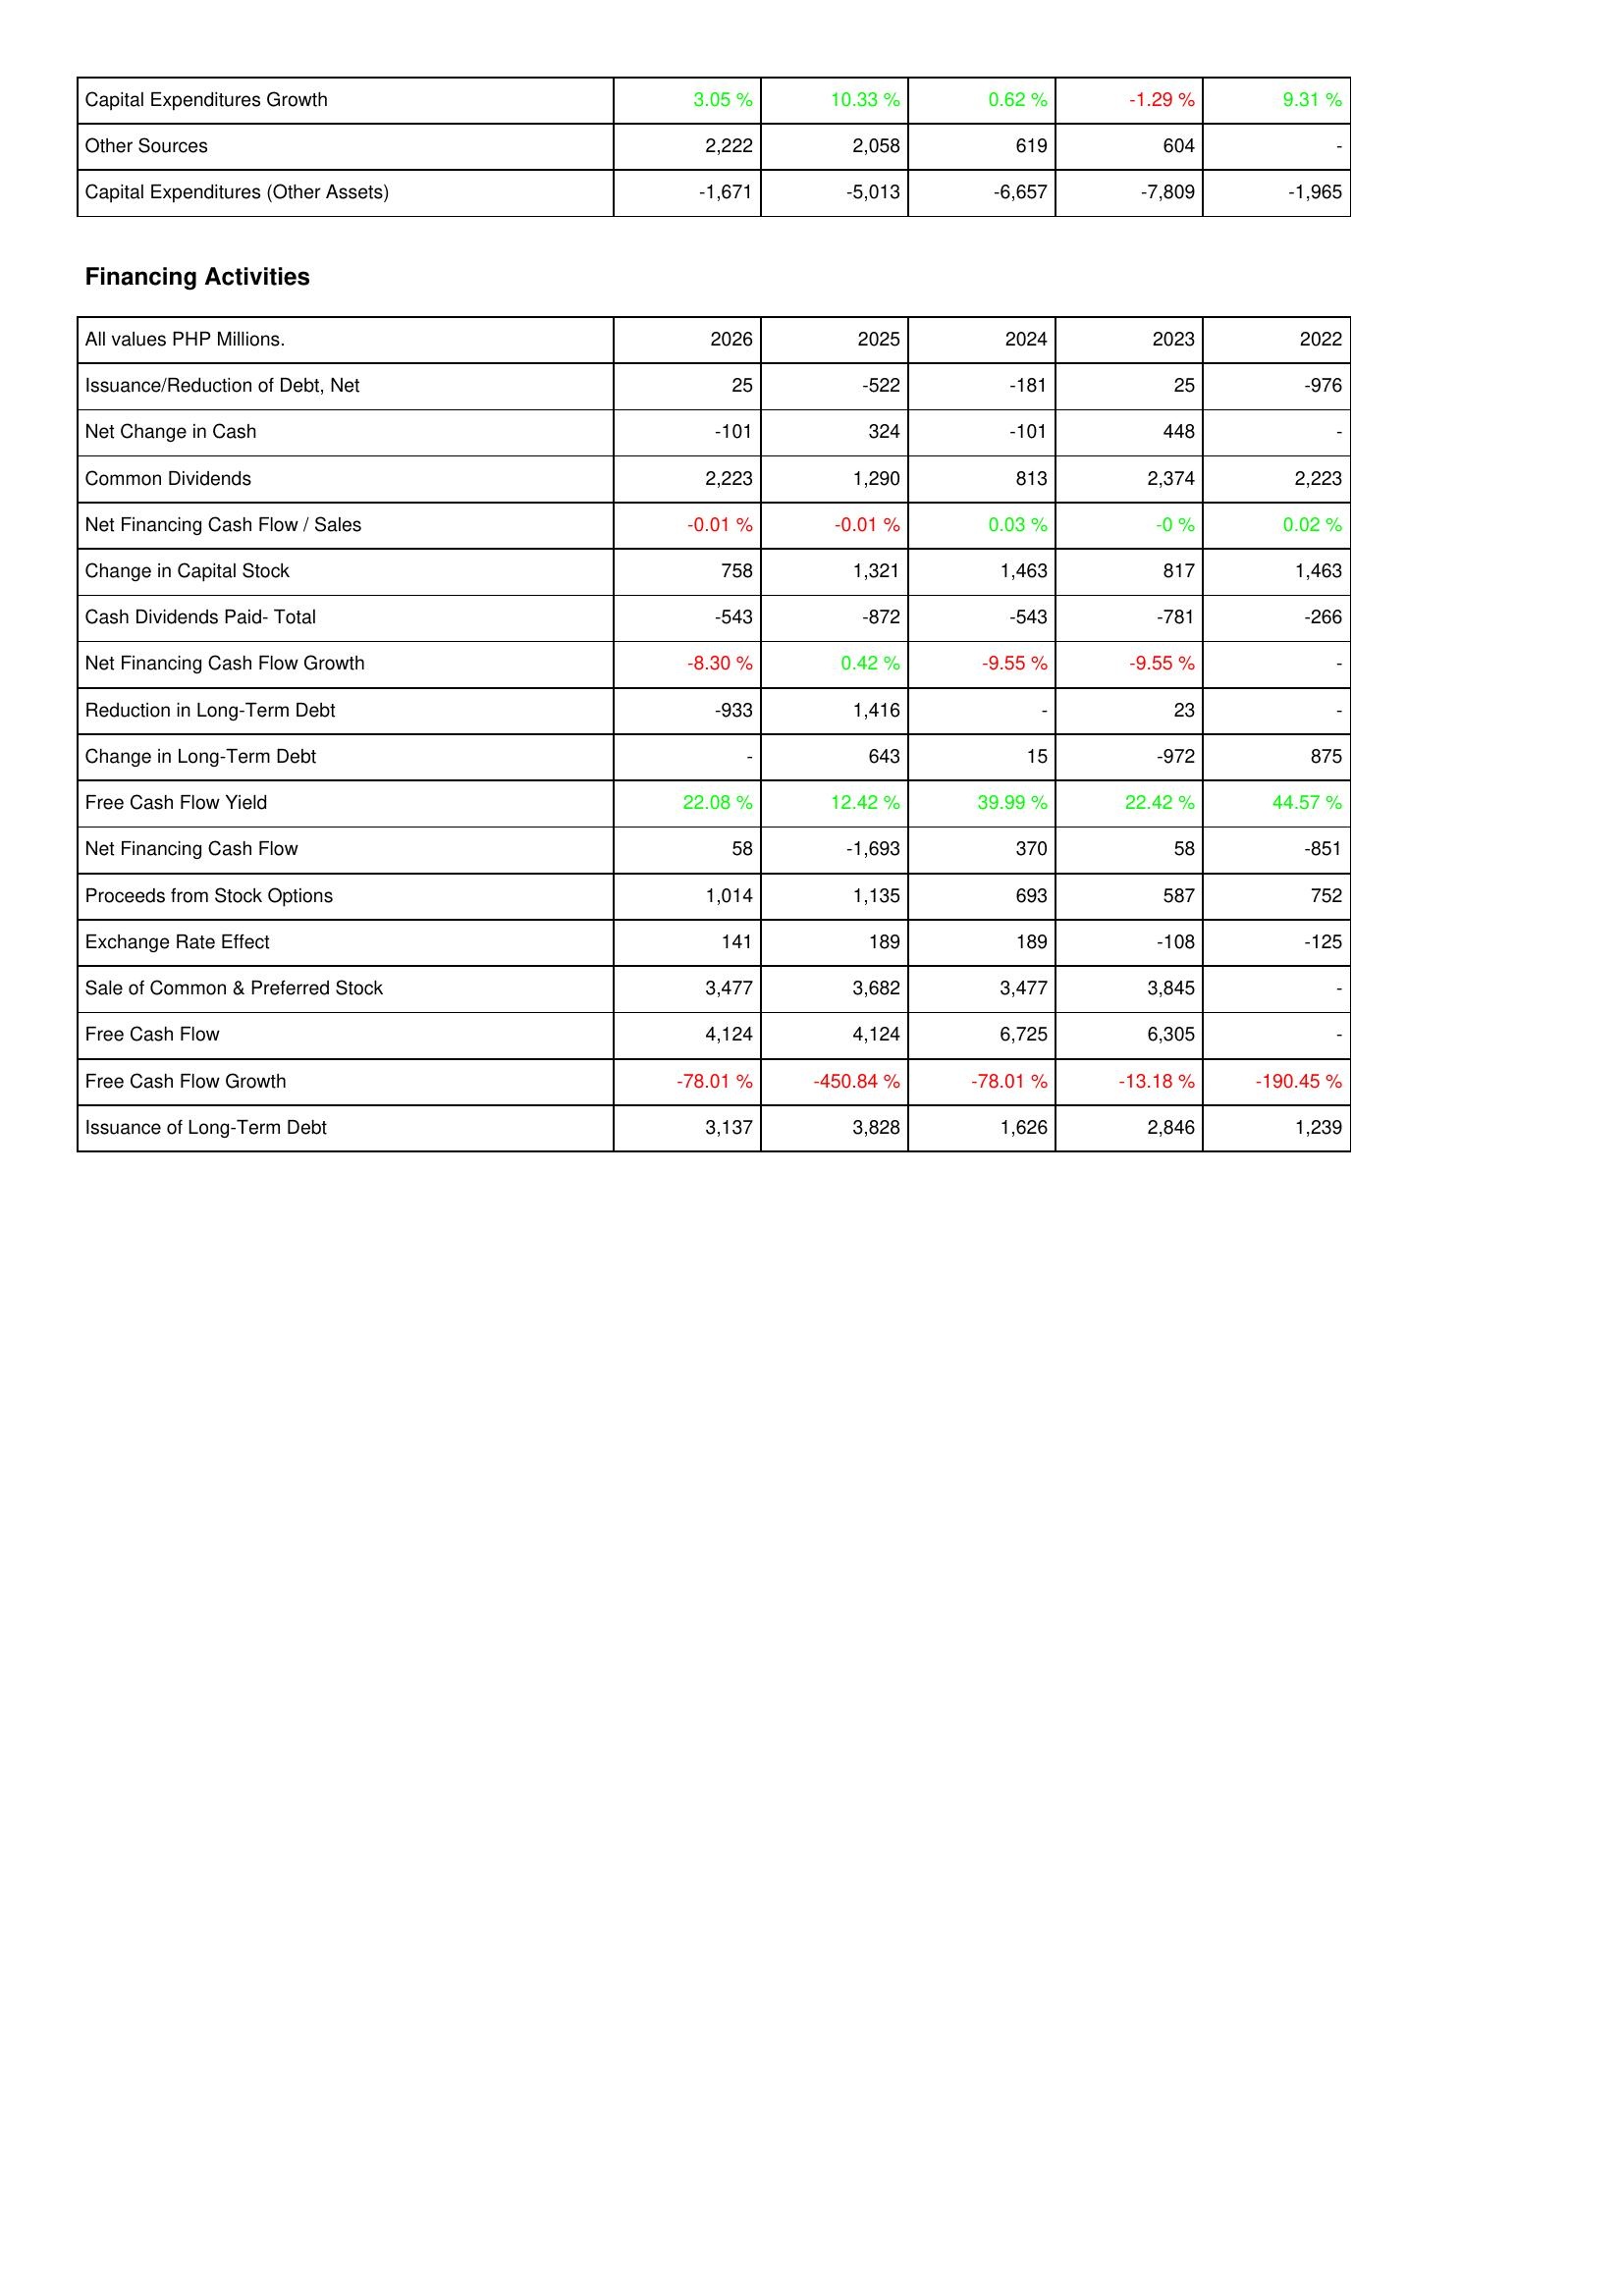
2026: Investing Activities: Capital Expenditures Growth: 3.05 %
Other Sources: 2,222
Capital Expenditures (Other Assets): -1,671
Financing Activities: Issuance/Reduction of Debt, Net: 25
Net Change in Cash: -101
Common Dividends: 2,223
Net Financing Cash Flow / Sales: -0.01 %
Change in Capital Stock: 758
Cash Dividends Paid- Total: -543
Net Financing Cash Flow Growth: -8.30 %
Reduction in Long-Term Debt: -933
Change in Long-Term Debt: -
Free Cash Flow Yield: 22.08 %
Net Financing Cash Flow: 58
Proceeds from Stock Options: 1,014
Exchange Rate Effect: 141
Sale of Common & Preferred Stock: 3,477
Free Cash Flow: 4,124
Free Cash Flow Growth: -78.01 %
Issuance of Long-Term Debt: 3,137
2025: Investing Activities: Capital Expenditures Growth: 10.33 %
Other Sources: 2,058
Capital Expenditures (Other Assets): -5,013
Financing Activities: Issuance/Reduction of Debt, Net: -522
Net Change in Cash: 324
Common Dividends: 1,290
Net Financing Cash Flow / Sales: -0.01 %
Change in Capital Stock: 1,321
Cash Dividends Paid- Total: -872
Net Financing Cash Flow Growth: 0.42 %
Reduction in Long-Term Debt: 1,416
Change in Long-Term Debt: 643
Free Cash Flow Yield: 12.42 %
Net Financing Cash Flow: -1,693
Proceeds from Stock Options: 1,135
Exchange Rate Effect: 189
Sale of Common & Preferred Stock: 3,682
Free Cash Flow: 4,124
Free Cash Flow Growth: -450.84 %
Issuance of Long-Term Debt: 3,828
2024: Investing Activities: Capital Expenditures Growth: 0.62 %
Other Sources: 619
Capital Expenditures (Other Assets): -6,657
Financing Activities: Issuance/Reduction of Debt, Net: -181
Net Change in Cash: -101
Common Dividends: 813
Net Financing Cash Flow / Sales: 0.03 %
Change in Capital Stock: 1,463
Cash Dividends Paid- Total: -543
Net Financing Cash Flow Growth: -9.55 %
Reduction in Long-Term Debt: -
Change in Long-Term Debt: 15
Free Cash Flow Yield: 39.99 %
Net Financing Cash Flow: 370
Proceeds from Stock Options: 693
Exchange Rate Effect: 189
Sale of Common & Preferred Stock: 3,477
Free Cash Flow: 6,725
Free Cash Flow Growth: -78.01 %
Issuance of Long-Term Debt: 1,626
2023: Investing Activities: Capital Expenditures Growth: -1.29 %
Other Sources: 604
Capital Expenditures (Other Assets): -7,809
Financing Activities: Issuance/Reduction of Debt, Net: 25
Net Change in Cash: 448
Common Dividends: 2,374
Net Financing Cash Flow / Sales: -0 %
Change in Capital Stock: 817
Cash Dividends Paid- Total: -781
Net Financing Cash Flow Growth: -9.55 %
Reduction in Long-Term Debt: 23
Change in Long-Term Debt: -972
Free Cash Flow Yield: 22.42 %
Net Financing Cash Flow: 58
Proceeds from Stock Options: 587
Exchange Rate Effect: -108
Sale of Common & Preferred Stock: 3,845
Free Cash Flow: 6,305
Free Cash Flow Growth: -13.18 %
Issuance of Long-Term Debt: 2,846
2022: Investing Activities: Capital Expenditures Growth: 9.31 %
Other Sources: -
Capital Expenditures (Other Assets): -1,965
Financing Activities: Issuance/Reduction of Debt, Net: -976
Net Change in Cash: -
Common Dividends: 2,223
Net Financing Cash Flow / Sales: 0.02 %
Change in Capital Stock: 1,463
Cash Dividends Paid- Total: -266
Net Financing Cash Flow Growth: -
Reduction in Long-Term Debt: -
Change in Long-Term Debt: 875
Free Cash Flow Yield: 44.57 %
Net Financing Cash Flow: -851
Proceeds from Stock Options: 752
Exchange Rate Effect: -125
Sale of Common & Preferred Stock: -
Free Cash Flow: -
Free Cash Flow Growth: -190.45 %
Issuance of Long-Term Debt: 1,239